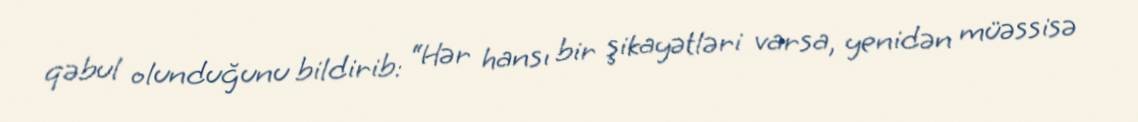
qəbul olunduğunu bildirib: “Hər hansı bir şikayətləri varsa, yenidən müəssisə